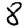
Digit: 8